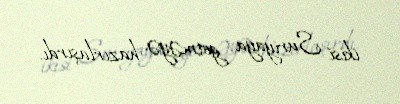
ikisi Suriyaya getməyə hazırlaşırdı.